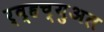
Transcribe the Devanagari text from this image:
र्व्हच्युअल